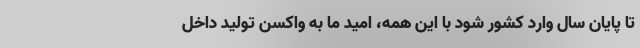
تا پایان سال وارد کشور شود با این همه، امید ما به واکسن تولید داخل